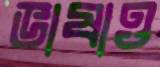
ভাষাও